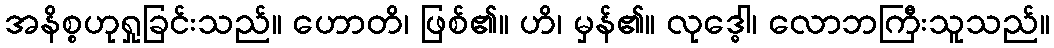
အနိစ္စဟုရှုခြင်းသည်။ ဟောတိ၊ ဖြစ်၏။ ဟိ၊ မှန်၏။ လုဒ္ဓေါ၊ လောဘကြီးသူသည်။